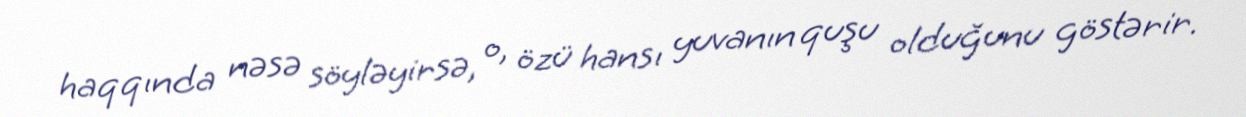
haqqında nəsə söyləyirsə, o, özü hansı yuvanın quşu olduğunu göstərir.